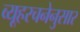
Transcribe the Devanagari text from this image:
व्यूहरचनेनुसार